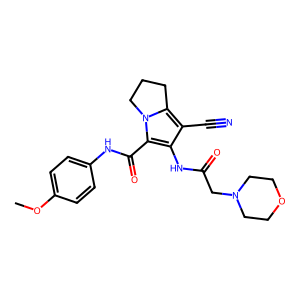
SMILES: COc1ccc(NC(=O)c2c(NC(=O)CN3CCOCC3)c(C#N)c3n2CCC3)cc1
Inhibits HIV replication: No